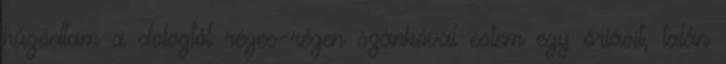
húzódtam a dologtól réges-régen szánkóval estem egy óriásit, talán